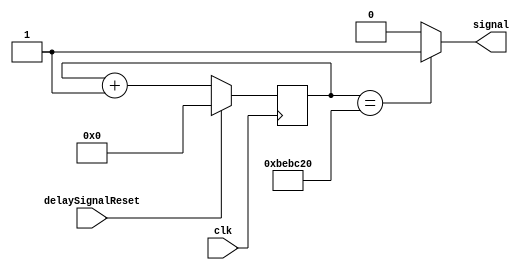
module delaySignal (clk, delaySignalReset, signal); //delays signal so it goes at 4Hz
input clk, delaySignalReset;
output signal;
reg [25:0] count;

assign signal = (count == 26'd12500000) ? 1'b1 : 1'b0;

always @(posedge clk) // triggered every time clock rises	
	begin
		if(delaySignalReset == 1)
			count = 0;
		else 
			count = count +1;
	end
endmodule
module addressScreenCounter(clk, addressScreenCounterReset, screenCount, screenCountLoad); //15 bit address for the screens (120x160) = 19200 -> 2^15 = 32768
input clk, addressScreenCounterReset, screenCountLoad;
output [14:0] screenCount;
wire [14:0] screenCountToUpdate;

assign screenCountToUpdate =  screenCount + 1;
DFlipFlopEnable #(15) screenCountReg(clk, screenCountToUpdate, screenCount, addressScreenCounterReset, screenCountLoad);
endmodule